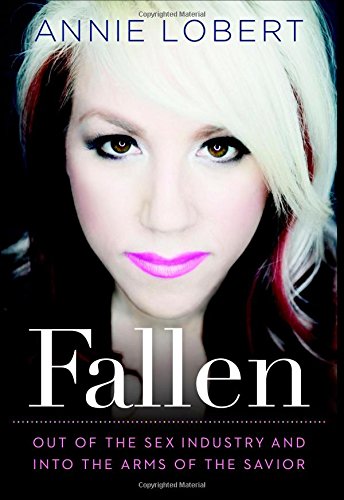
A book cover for Fallen: Out of the Sex Industry & Into the Arms of the Savior; Annie Lobert; Health, Fitness & Dieting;